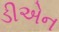
ડીએન